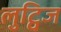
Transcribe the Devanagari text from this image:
लुट्विज